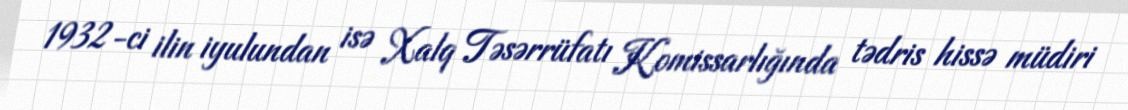
1932-ci ilin iyulundan isə Xalq Təsərrüfatı Komissarlığında tədris hissə müdiri